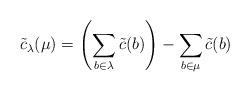
LaTeX: \begin{align*}\tilde{c}_\lambda(\mu)=\left(\sum_{b\in\lambda}\tilde{c}(b)\right)-\sum_{b\in\mu}\tilde{c}(b)\end{align*}